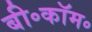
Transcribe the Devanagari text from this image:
बी॰कॉम॰